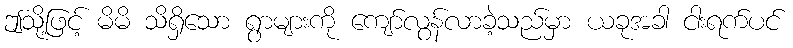
ဤသို့ဖြင့် မိမိ သိရှိသော ရွာများကို ကျော်လွန်လာခဲ့သည်မှာ ယခုအခါ ငါးရက်ပင်